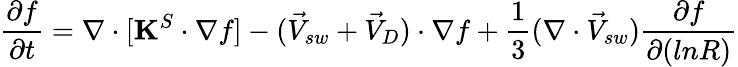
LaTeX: \frac{\partial f}{\partial t}=\nabla\cdot[\mathbf{K}^{S}\cdot\nabla f]-(\vec{V}_{sw}+\vec{V}_{D})\cdot\nabla f+\frac{1}{3}(\nabla\cdot\vec{V}_{sw})\frac{\partial f}{\partial(lnR)}